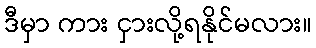
ဒီမှာ ကား ငှားလို့ရနိုင်မလား။